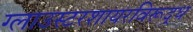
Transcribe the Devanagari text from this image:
ग्लाउस्टरशायरविरूद्ध